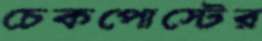
চেকপোস্টের